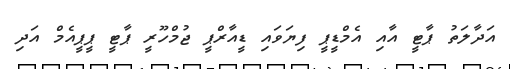
އަދާލަތު ޕާޓީ އާއި އެމްޑީޕީ ފިޔަވައި ޑީއާރްޕީ ޖުމްހޫރީ ޕާޓީ ޕީޕީއެމް އަދި